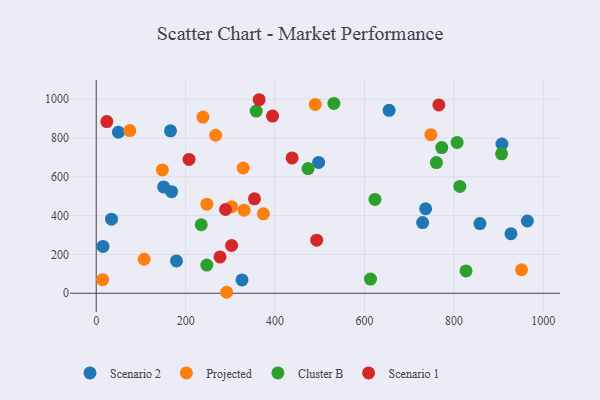
{"axis": {"x": "Study Hours", "y": "Yield"}, "legend": ["Cluster B", "Projected", "Scenario 1", "Scenario 2"], "data": [{"x": "907.5", "y": 769.3, "type": "Scenario 2"}, {"x": "655.2", "y": 943.1, "type": "Scenario 2"}, {"x": "497.5", "y": 674.3, "type": "Scenario 2"}, {"x": "326.1", "y": 68.5, "type": "Scenario 2"}, {"x": "49.7", "y": 830.1, "type": "Scenario 2"}, {"x": "858.3", "y": 359.3, "type": "Scenario 2"}, {"x": "150.8", "y": 547.9, "type": "Scenario 2"}, {"x": "964.4", "y": 372.5, "type": "Scenario 2"}, {"x": "730.1", "y": 364.2, "type": "Scenario 2"}, {"x": "927.7", "y": 306.8, "type": "Scenario 2"}, {"x": "736.8", "y": 435.7, "type": "Scenario 2"}, {"x": "168.6", "y": 523.8, "type": "Scenario 2"}, {"x": "15.1", "y": 241.3, "type": "Scenario 2"}, {"x": "179.5", "y": 166.5, "type": "Scenario 2"}, {"x": "34.2", "y": 381.7, "type": "Scenario 2"}, {"x": "166.2", "y": 837.2, "type": "Scenario 2"}, {"x": "328.7", "y": 645.6, "type": "Projected"}, {"x": "951.4", "y": 121.2, "type": "Projected"}, {"x": "14.3", "y": 70.0, "type": "Projected"}, {"x": "267.0", "y": 814.3, "type": "Projected"}, {"x": "148.0", "y": 635.5, "type": "Projected"}, {"x": "247.6", "y": 459.1, "type": "Projected"}, {"x": "490.0", "y": 973.2, "type": "Projected"}, {"x": "373.9", "y": 409.6, "type": "Projected"}, {"x": "330.7", "y": 428.3, "type": "Projected"}, {"x": "302.9", "y": 446.0, "type": "Projected"}, {"x": "107.2", "y": 175.4, "type": "Projected"}, {"x": "75.2", "y": 838.6, "type": "Projected"}, {"x": "748.5", "y": 817.2, "type": "Projected"}, {"x": "238.7", "y": 908.0, "type": "Projected"}, {"x": "291.6", "y": 5.1, "type": "Projected"}, {"x": "531.6", "y": 978.5, "type": "Cluster B"}, {"x": "357.8", "y": 939.0, "type": "Cluster B"}, {"x": "906.7", "y": 718.5, "type": "Cluster B"}, {"x": "623.5", "y": 483.6, "type": "Cluster B"}, {"x": "473.8", "y": 642.8, "type": "Cluster B"}, {"x": "827.1", "y": 114.9, "type": "Cluster B"}, {"x": "247.4", "y": 145.3, "type": "Cluster B"}, {"x": "813.3", "y": 550.9, "type": "Cluster B"}, {"x": "772.9", "y": 751.0, "type": "Cluster B"}, {"x": "807.2", "y": 777.2, "type": "Cluster B"}, {"x": "613.5", "y": 73.1, "type": "Cluster B"}, {"x": "234.9", "y": 353.2, "type": "Cluster B"}, {"x": "760.9", "y": 673.7, "type": "Cluster B"}, {"x": "289.2", "y": 431.8, "type": "Scenario 1"}, {"x": "394.4", "y": 913.4, "type": "Scenario 1"}, {"x": "354.0", "y": 486.7, "type": "Scenario 1"}, {"x": "766.4", "y": 970.8, "type": "Scenario 1"}, {"x": "207.6", "y": 689.7, "type": "Scenario 1"}, {"x": "493.2", "y": 273.8, "type": "Scenario 1"}, {"x": "23.7", "y": 884.7, "type": "Scenario 1"}, {"x": "364.4", "y": 997.5, "type": "Scenario 1"}, {"x": "276.9", "y": 187.2, "type": "Scenario 1"}, {"x": "302.8", "y": 246.3, "type": "Scenario 1"}, {"x": "438.1", "y": 697.4, "type": "Scenario 1"}]}